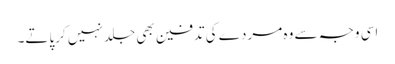
اسی وجہ سے وہ مردے کی تدفین بھی جلد نہیں کرپاتے۔